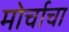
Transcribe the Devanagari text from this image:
मोर्चाचा